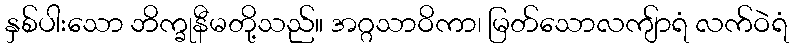
နှစ်ပါးသော ဘိက္ခုနီမတို့သည်။ အဂ္ဂသာဝိကာ၊ မြတ်သောလကျ်ာရံ လက်ဝဲရံ